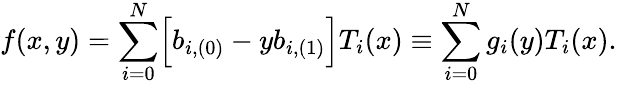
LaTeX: f(x,y)=\sum_{i=0}^{N}\Bigl[b_{i,(0)}-yb_{i,(1)}\Bigr]T_{i}(x)\equiv\sum_{i=0}^{N}g_{i}(y)T_{i}(x).